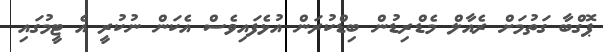
ޕޮގްބާ ގަތުމަށް ރެއާލް މެޑްރިޑުން ބިޑްކުރަން އުޅެފައިވެސް އެކަން ނުކުރީ އެ ޓީމުގައި